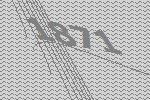
1871